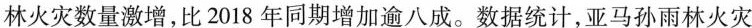
林火灾数量激增，比2018年同期增加逾八成。数据统计，亚马孙雨林火灾